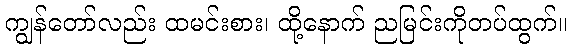
ကျွန်တော်လည်း ထမင်းစား၊ ထို့နောက် ညမြင်းကိုတပ်ထွက်။